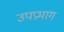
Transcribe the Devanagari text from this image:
उपप्रभाग